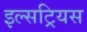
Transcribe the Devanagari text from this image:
इल्सट्रियस